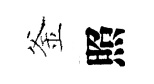
釜照